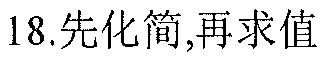
18.先化简,再求值